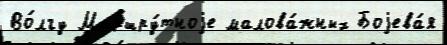
Во́лгу Маршру́тноjе малова́жных Боjева́я